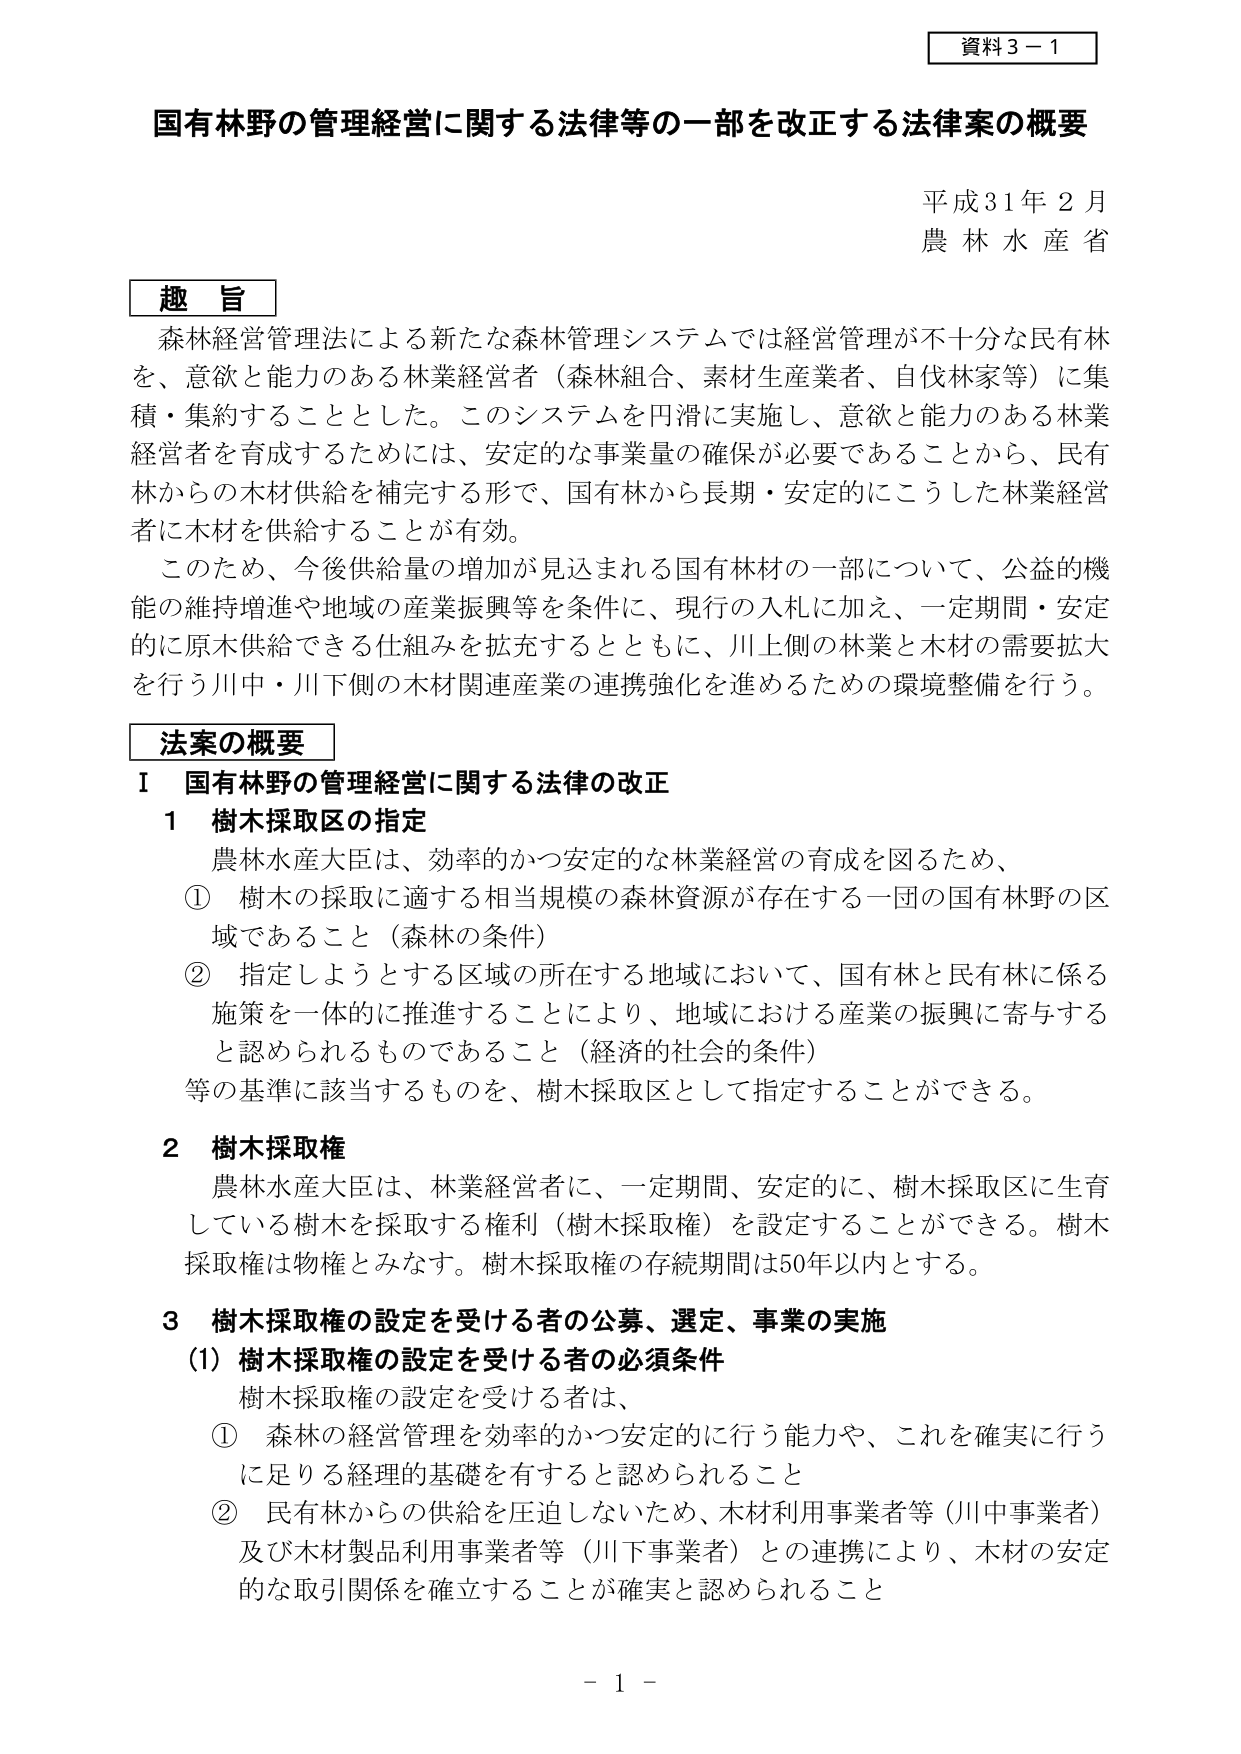
資料３－１

国有林野の管理経営に関する法律等の一部を改正する法律案の概要

平成31年２月
農林水産省

趣旨
森林経営管理法による新たな森林管理システムでは経営管理が不十分な民有林を、意欲と能力のある林業経営者（森林組合、素材生産業者、自伐林家等）に集積・集約することとした。このシステムを円滑に実施し、意欲と能力のある林業経営者を育成するためには、安定的な事業量の確保が必要であることから、民有林からの木材供給を補完する形で、国有林から長期・安定的にこうした林業経営者に木材を供給することが有効。
このため、今後供給量の増加が見込まれる国有林材の一部について、公益的機能の維持増進や地域の産業振興等を条件に、現行の入札に加え、一定期間・安定的に原木供給できる仕組みを拡充するとともに、川上側の林業と木材の需要拡大を行う川中・川下側の木材関連産業の連携強化を進めるための環境整備を行う。

法案の概要
Ⅰ 国有林野の管理経営に関する法律の改正
１ 樹木採取区の指定
農林水産大臣は、効率的かつ安定的な林業経営の育成を図るため、
① 樹木の採取に適する相当規模の森林資源が存在する一団の国有林野の区域であること（森林の条件）
② 指定しようとする区域の所在する地域において、国有林と民有林に係る施策を一体的に推進することにより、地域における産業の振興に寄与すると認められるものであること（経済的社会的条件）
等の基準に該当するものを、樹木採取区として指定することができる。

２ 樹木採取権
農林水産大臣は、林業経営者に、一定期間、安定的に、樹木採取区に生育している樹木を採取する権利（樹木採取権）を設定することができる。樹木採取権は物権とみなす。樹木採取権の存続期間は50年以内とする。

３ 樹木採取権の設定を受ける者の公募、選定、事業の実施
（1）樹木採取権の設定を受ける者の必須条件
樹木採取権の設定を受ける者は、
① 森林の経営管理を効率的かつ安定的に行う能力や、これを確実に行うに足りる経理の基礎を有すると認められること
② 民有林からの供給を圧迫しないため、木材利用事業者等（川中事業者）及び木材製品利用事業者等（川下事業者）との連携により、木材の安定的な取引関係を確立することが確実と認められること

－１－